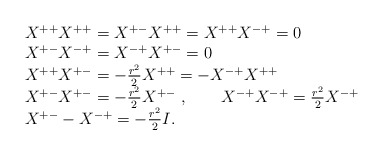
\begin{align*}\begin{array}{rl}& X^{++} X^{++} = X^{+-}X^{++} = X^{++} X^{-+} = 0 \cr& X^{+-} X^{-+} = X^{-+} X^{+-} = 0 \cr& X^{++} X^{+-} = - {r^2\over 2} X^{++} = - X^{-+} X^{++} \cr& X^{+-} X^{+-} = - {r^2\over 2} X^{+-}\ ,\qquad X^{-+} X^{-+} = {r^2\over 2} X^{-+} \cr& X^{+-}- X^{-+} = - {r^2\over 2} I .\end{array}\end{align*}